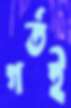
গর্তই